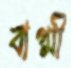
বাগ্মী